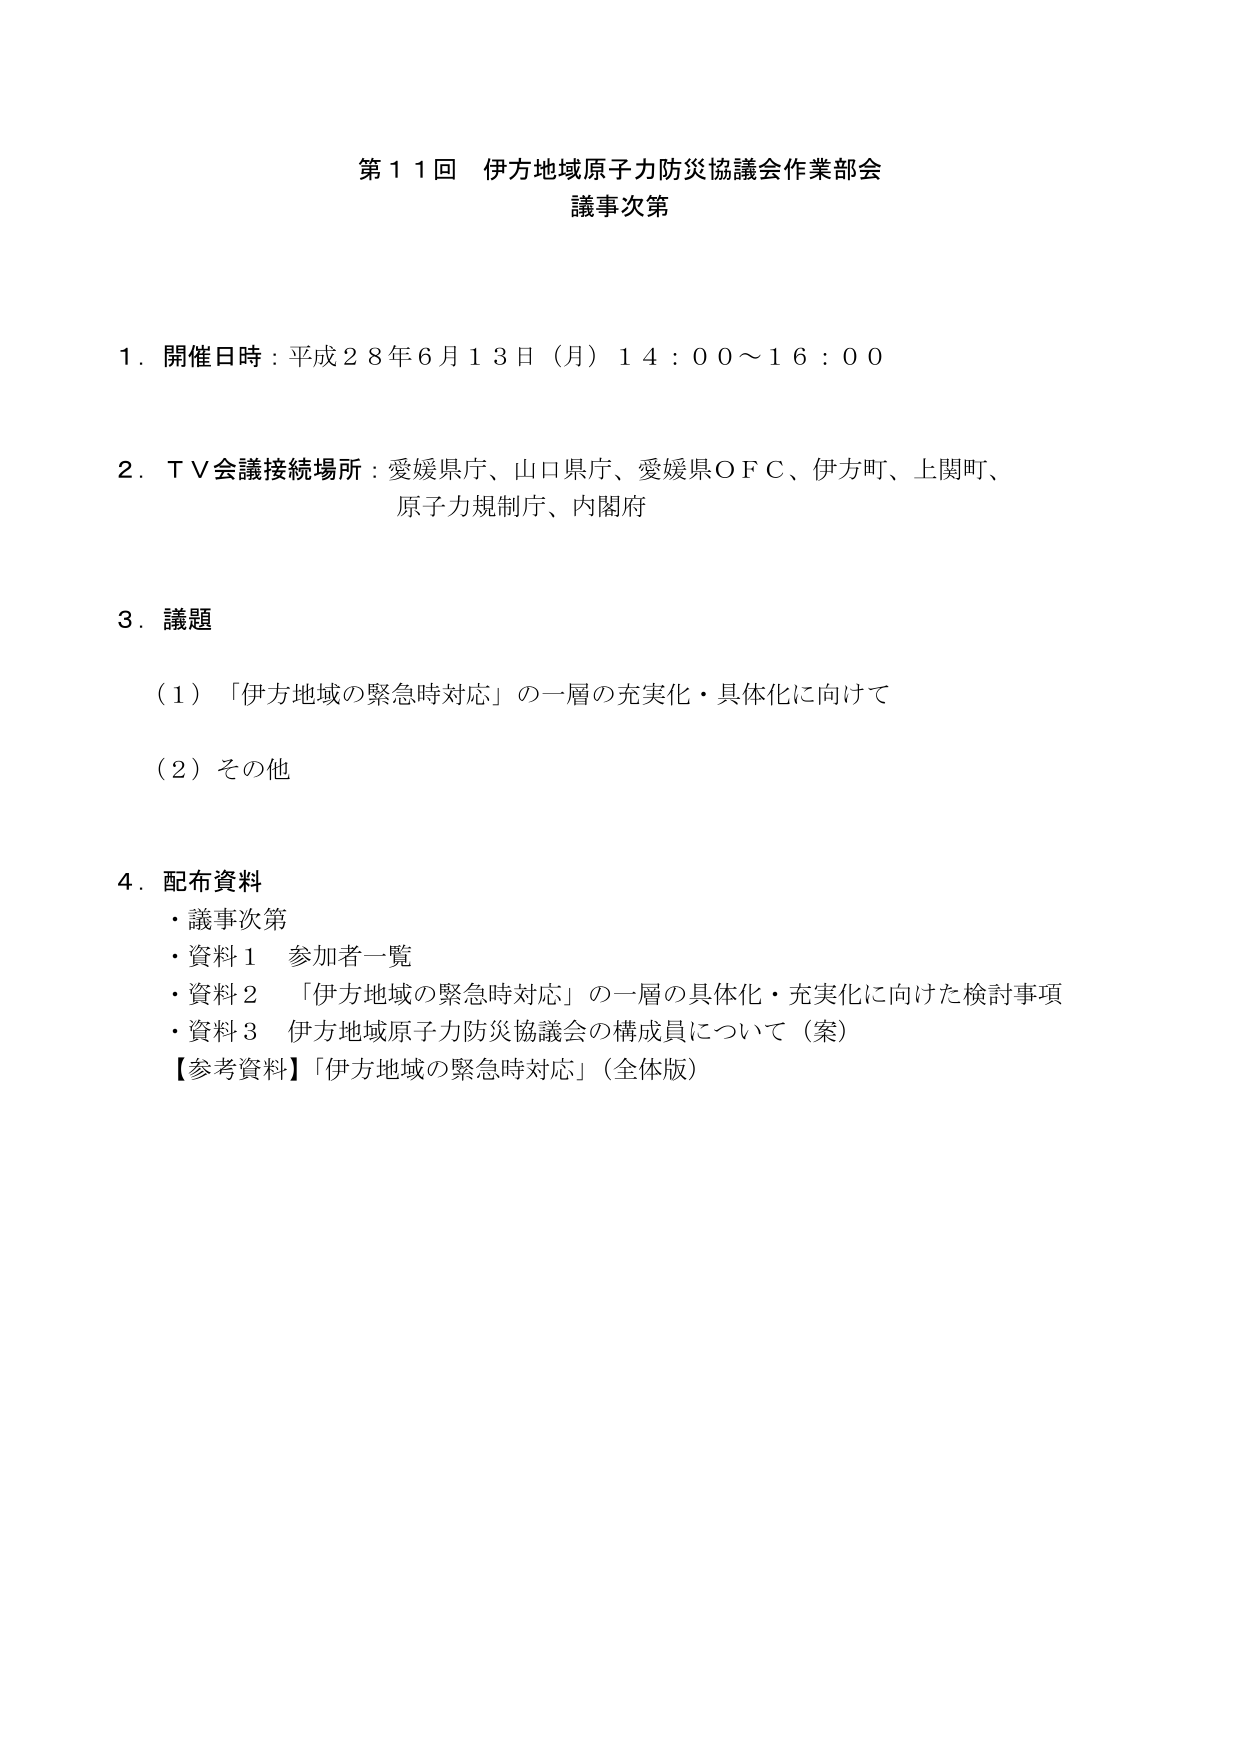
第１１回 伊方地域原子力防災協議会作業部会
議事次第

１．開催日時：平成２８年６月１３日（月）１４：００～１６：００

２．ＴＶ会議接続場所：愛媛県庁、山口県庁、愛媛県ＯＦＣ、伊方町、上関町、
原子力規制庁、内閣府

３．議題
（１）「伊方地域の緊急時対応」の一層の充実化・具体化に向けて
（２）その他

４．配布資料
・議事次第
・資料１ 参加者一覧
・資料２ 「伊方地域の緊急時対応」の一層の具体化・充実化に向けた検討事項
・資料３ 伊方地域原子力防災協議会の構成員について（案）
【参考資料】「伊方地域の緊急時対応」（全体版）